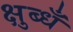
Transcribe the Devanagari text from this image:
क्षुब्धँ